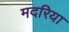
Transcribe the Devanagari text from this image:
मदरिया